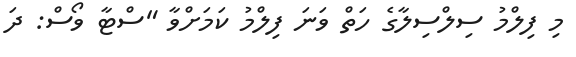
މި ފިލްމު ސިލްސިލާގެ ހަތް ވަނަ ފިލްމު ކަމަށްވާ "ސްޓާ ވޯސް: ދަ